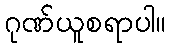
ဂုဏ်ယူစရာပါ။